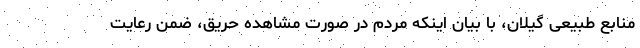
منابع طبیعی گیلان، با بیان اینکه مردم در صورت مشاهده حریق، ضمن رعایت